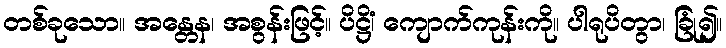
တစ်ခုသော။ အန္တေန၊ အစွန်းဖြင့်။ ပိဋ္ဌိံ၊ ကျောက်ကုန်းကို။ ပါရုပိတွာ၊ ခြုံ၍။